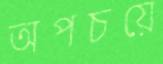
অপচয়ে